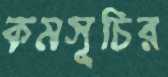
কমসূচির